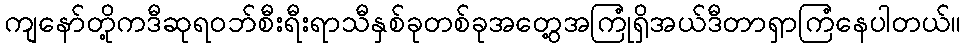
ကျနော်တို့ကဒီဆုရဝဘ်စီးရီးရာသီနှစ်ခုတစ်ခုအတွေ့အကြုံရှိအယ်ဒီတာရှာကြံနေပါတယ်။